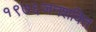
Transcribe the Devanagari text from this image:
१९७६जनशक्ति